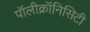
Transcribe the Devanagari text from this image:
पॉलीक्रॉनिसिटी